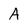
Character: A